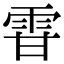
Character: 雸